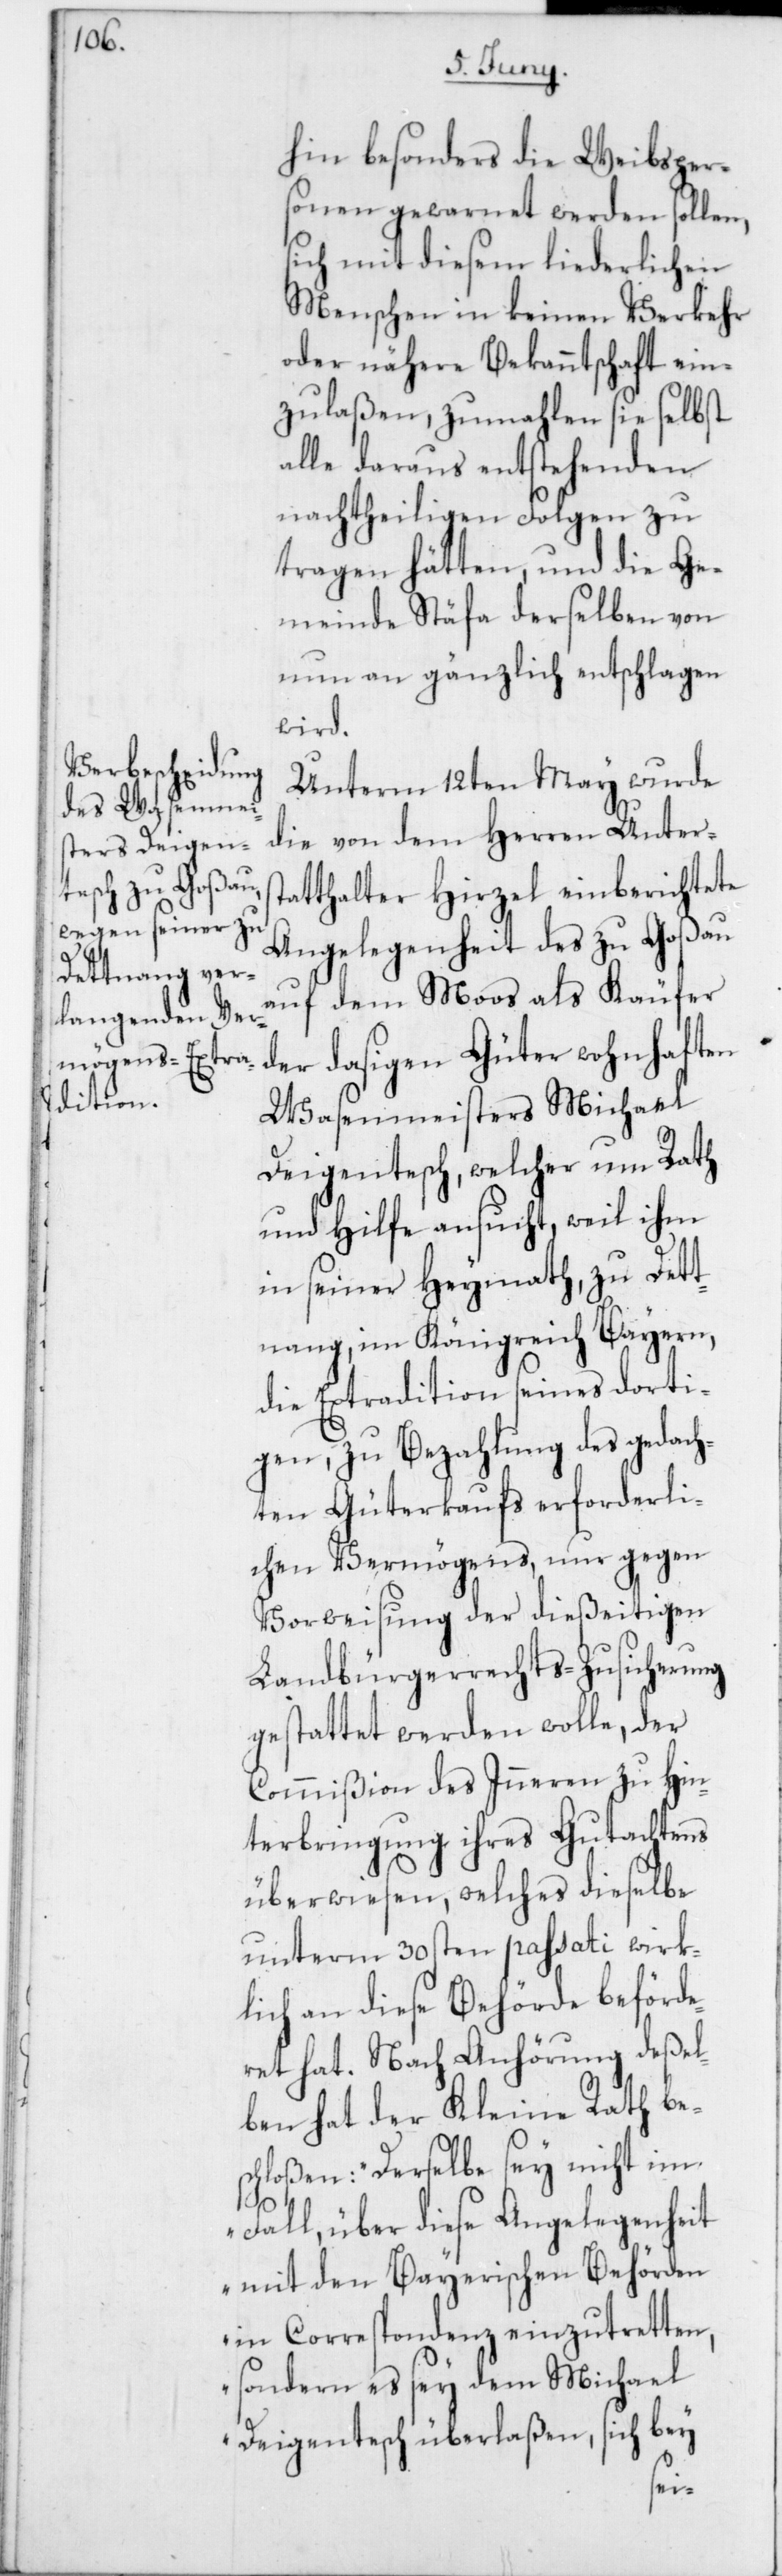
hin besonders die Weibsper¬
sonen gewarnet werden sollen,
sich mit diesem liederlichen
Menschen in keinen Verkehr
oder nähere Bekanntschaft ein¬
zulaßen, zumahlen sie selbst
alle daraus entstehenden
nachtheiligen Folgen zu
tragen hätten, und die Ge¬
meinde Stäfa derselben von
nun an gänzlich entschlagen
wird.
Unterm 12ten May wurde
die von dem Herren Unters¬
tatthalter Hirzel einberichtete
Angelegenheit des zu Goßau
auf dem Moos als Käufer
der dasigen Güter wohnhaften
Wasenmeisters Michael
Deigentesch, welcher um Rath
und Hilfe ansucht, weil ihm
in seiner Heymath zu Dett¬
nang im Königreich Bayern,
die Extradition seines dorti¬
gen, zu Bezahlung des gedach¬
ten Güterkaufs erforderli¬
chen Vermögens, nur gegen
Vorweisung der dießeitigen
Landbürgerrechts-Zusicherung
gestattet werden wolle, der
terbringung ihres Gutachtens
überwiesen, welches dieselbe
unterm 30sten passati wirk¬
lich an diese Behörde beförde¬
ret hat. Nach Anhörung deßel¬
ben hat der Kleine Rath bes¬
chloßen: „Derselbe sey nicht im
Fall, über diese Angelegenheit
mit den Bayerischen Behörden
in Correspondenz einzutretten,
sondern es sey dem Michael
Deigentesch überlaßen, sich bey
Hin¬